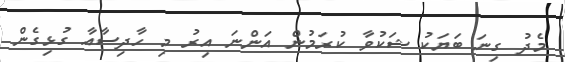
މެދު ގިނަ ބަޔަކު ޝަކުވާ ކުރަމުން އަންނަ އިރު މި ހާދިސާއާ ގުޅިގެން